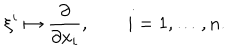
\xi ^ { i } \mapsto \frac { \partial } { \partial x _ { i } } , \qquad i = 1 , \dots , n .